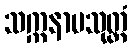
သက္ကနာမသုတ္တံ